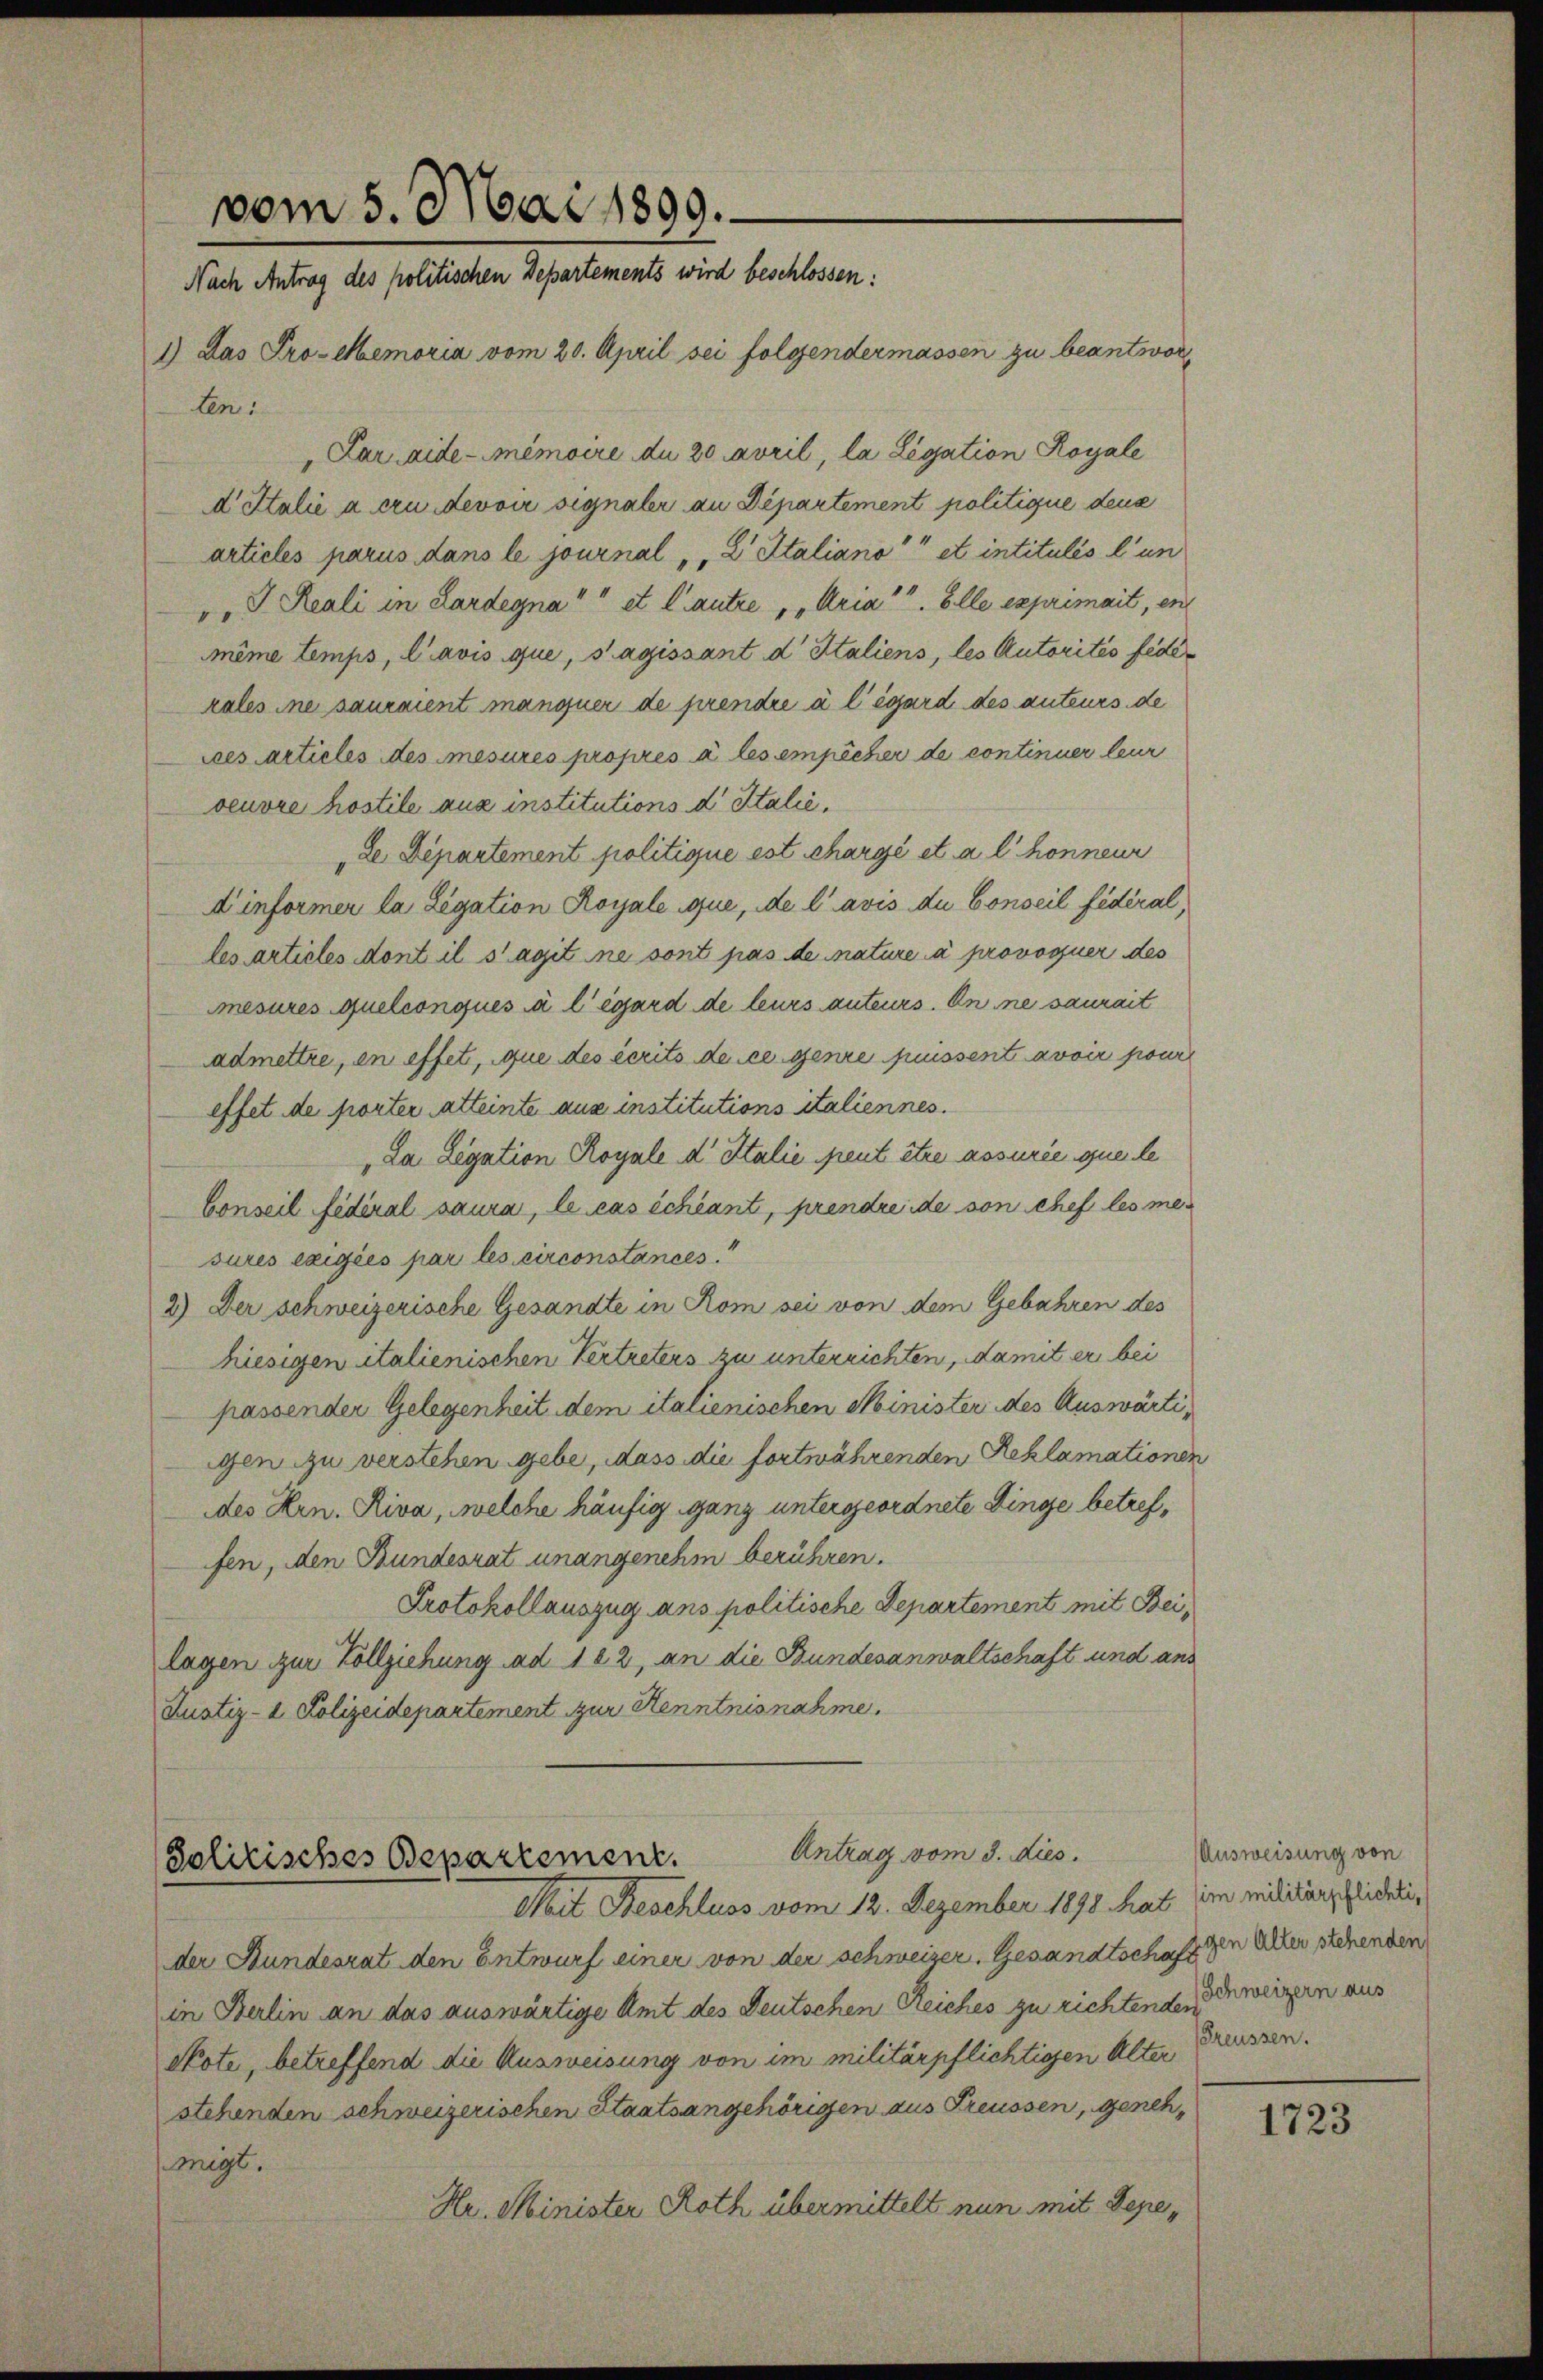
vom 5. Mai 1899.
Nach Antrag des politischen Departements wird beschlossen:
1) Das Pro- Memoria vom 20. April sei folgendermassen zu beantwor¬

len:
Lar Aide-Memoire du 20 April, la Legation Royale
d Italie à cru devoir signaler an Departement politique dens
articles parus dans le journal " " 2 Italiano et intitulis l’un
". J. Reali in Lardegna " " et l’autre, „Aria". Elle exprimait, en
même Lemps, l’avis que, s’agissant d Italiens, les Autorités federales ine sauraient manquer de prendre à l’égard des anteurs de
ces articles des mesures propres à les empêcher de continuer leur
oeuvre hostile aus institutions d. Stalić,
„Le Departement politique est chargé et a l honneur
Dinformer la Legation Royale que, de l’avis du Conseil fédéral,
les articles dont il s’agit ne sont pas de nature à provoquer des
mesures quelconqués à l’égard de leurs auteurs. On ne saurait
admettre, en effet, que des écrits de ce genre puissent avoir pour
effet de porter atteinte aus institutions italiennes.
"La Legation Royale d Italie peut être assurée que le
Conseil fédéral saura, le cas échéant, prendreide von chef les mesures exigiés par les circonstances
2) Der schweizerische Gesandte in Rom sei von dem Gebahren des
hiesigen italienischen Vertreters zu unterrichten, damit er bei
passender Gelegenheit dem italienischen Minister des Auswärtigen zu verstehen gebe, dass die fortwährenden Reklamationen
des Hrn. Riva, welche häufig ganz untergeordnete Dinge betreffen, den Bundesrat unangenehm berühren.
Protokollauszug ans politische Departement mit Beilagen zur Vollziehung ad 182, an die Bundesanwaltschaft und ans
Justiz- & Polizeidepartement zur Kenntnisnahme.
Antrag vom 3. dies.
Solitisches Departement.
Mit Beschluss vom 12. Dezember 1898 hat im Militärpflichtider Bundesrat den Entwurf einer von der schweizer. Gesandtschaft
in Berlin an das auswärtige Amt des Deutschen Reiches zu richtende weizern aus
Note, betreffend die Ausweisung von im militärpflichtigen Alter
stehenden schweizerischen Staatsangehörigen aus Preussen, genehmigt.
Hr. Minister Roth übermittelt nun mit Depe¬

Ausweisung von
gen Alter stehenden
reussen.

1723